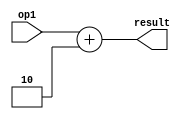
module add2(op1,result);
	input [15:0] op1;
	output reg[15:0] result;

	always@(*) begin
		result = op1 + 2;
	end
endmodule